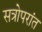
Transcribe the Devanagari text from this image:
सत्रोपरांत